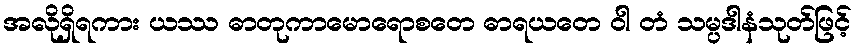
အလိုရှိရကား ယဿ ဓာတုကာမောရောစတေ ဓာရယတေ ဝါ တံ သမ္ပဒါနံသုတ်ဖြင့်